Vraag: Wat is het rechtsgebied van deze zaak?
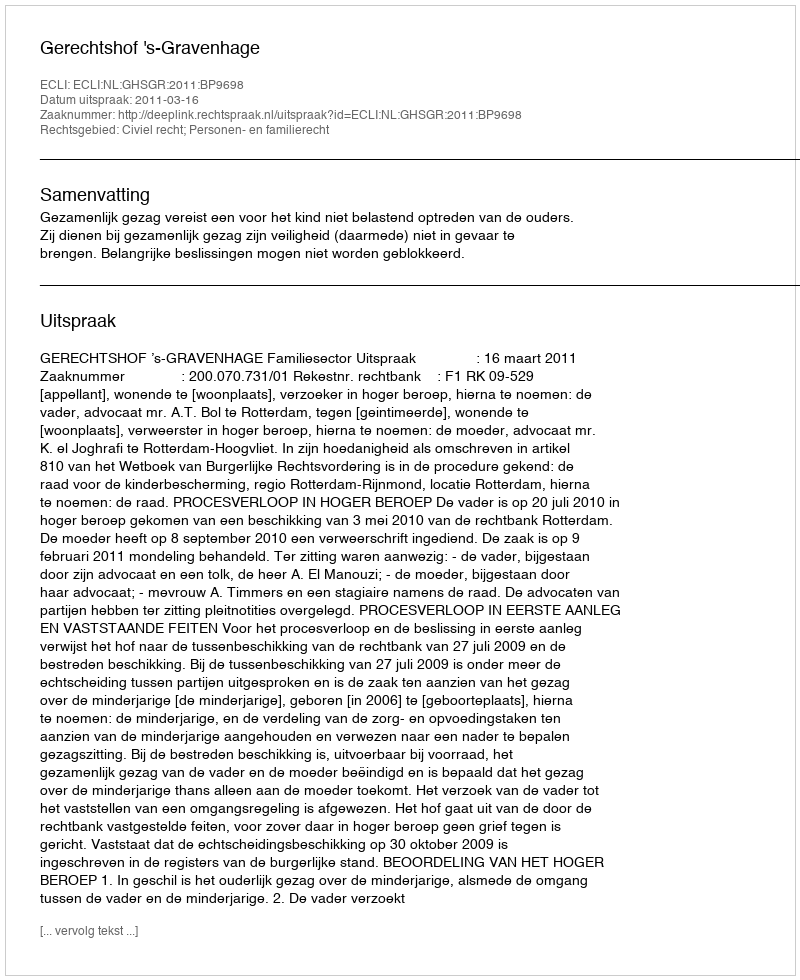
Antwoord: Civiel recht; Personen- en familierecht